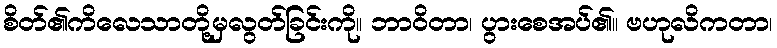
စိတ်၏ကိလေသာတို့မှလွတ်ခြင်းကို။ ဘာဝိတာ၊ ပွားစေအပ်၏။ ဗဟုလိကတာ၊